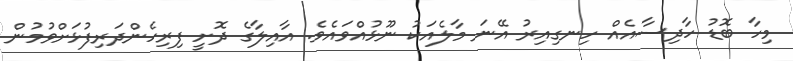
މިހާ ބޮޑު ހާދިސާއެއް ހިނގިއިރު އޭނަ މާލެއަކު ނޫޅުއްވައެވެ. އާއިލާގެ ދޮށީ ފިރިހެންދަރިފުޅަށްވުމުން